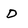
Character: D